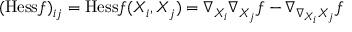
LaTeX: ( { \mathrm { H e s s } } f ) _ { i j } = { \mathrm { H e s s } } f ( X _ { i } , X _ { j } ) = \nabla _ { X _ { i } } \nabla _ { X _ { j } } f - \nabla _ { \nabla _ { X _ { i } } X _ { j } } f